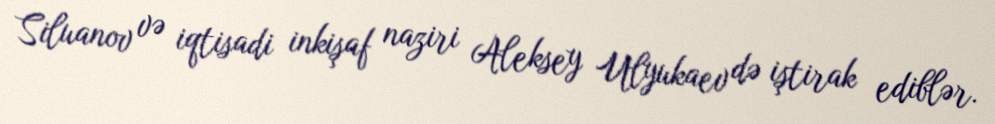
Siluanov və iqtisadi inkişaf naziri Aleksey Ulyukaev də iştirak ediblər.